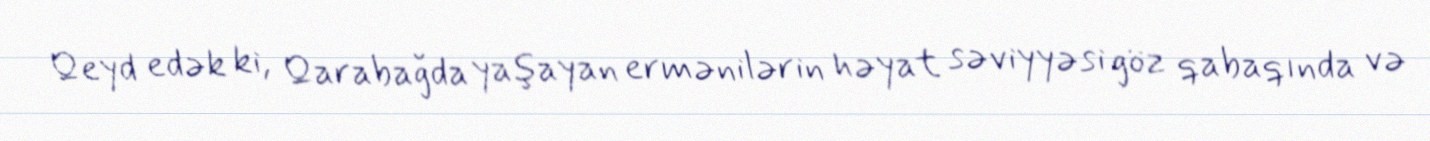
Qeyd edək ki, Qarabağda yaşayan ermənilərin həyat səviyyəsi göz qabaqında və